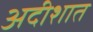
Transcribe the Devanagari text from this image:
अदीशात